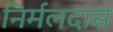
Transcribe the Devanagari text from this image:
निर्मलदास